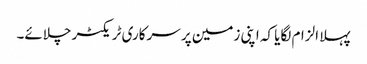
پہلا الزام لگایا کہ اپنی زمین پر سرکاری ٹریکٹر چلائے۔